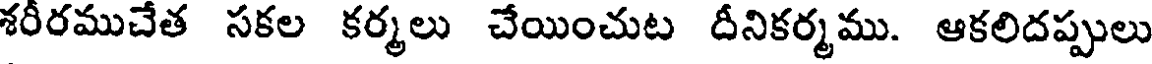
శరీరముచేత సకల కర్మలు చేయించుట దీనికర్మము. ఆకలిదప్పులు